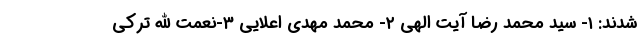
شدند: ۱- سید محمد رضا آیت الهی ۲- محمد مهدی اعلایی ۳-نعمت الله ترکی